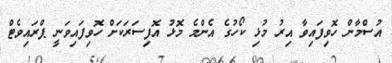
އުސްމާން ހޮވިފައިވާ އިރު މުޅި ކޯހުގެ އެންމެ މޮޅު އޮފިސަރަކަށް ހޮވިފައިވަނީ ޕްރައިވެޓް